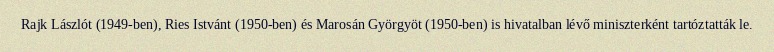
Rajk Lászlót (1949-ben), Ries Istvánt (1950-ben) és Marosán Györgyöt (1950-ben) is hivatalban lévő miniszterként tartóztatták le.